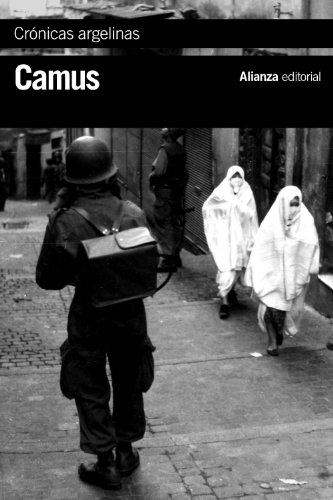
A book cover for CrÃ³nicas argelinas 1939-1958 / Algerian Chronicles (Spanish Edition); Albert Camus; History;